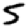
Digit: 5